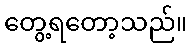
တွေ့ရတော့သည်။